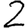
Digit: 2